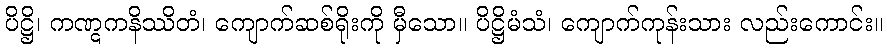
ပိဋ္ဌိ၊ ကဏ္ဋကနိဿိတံ၊ ကျောက်ဆစ်ရိုးကို မှီသော။ ပိဋ္ဌိမံသံ၊ ကျောက်ကုန်းသား လည်းကောင်း။